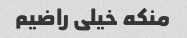
منکه خیلی راضیم